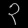
Digit: ၃